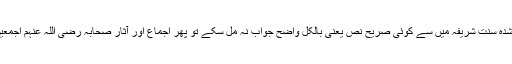
اگر قرآن کریم اور صحیح ثابت شُدہ سُنّت شریفہ میں سے کوئی صریح نص یعنی بالکل واضح جواب نہ مِل سکے تو پھر اِجماع اور آثارِ صحابہ رضی اللہ عنہم اجمعین کی طرف توجہ کی جاتی ہے۔